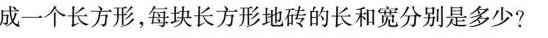
成一个长方形，每块长方形地砖的长和宽分别是多少?